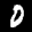
Label: 0